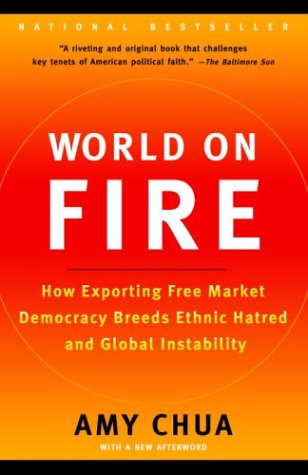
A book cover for World on Fire: How Exporting Free Market Democracy Breeds Ethnic Hatred and Global Instability; Amy Chua; Business & Money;